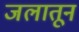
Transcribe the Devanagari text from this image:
जलातून